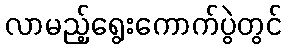
လာမည့်ရွေးကောက်ပွဲတွင်